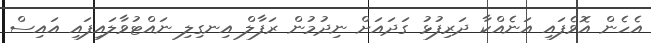
އެހެން އޮވެފައި އަނެއްކާ ދަރިފުޅު ގަދައަށް ނިދުމުން ރަފާލް އިނގިލި ނައްޓުވާލައިފައި އައިސް